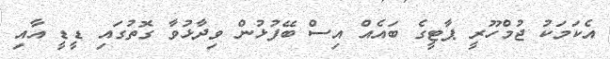
އެކަމަކު ޖުމްހޫރީ ޕާޓީގެ ބައެއް އިސް ބޭފުޅުން ވިދާޅުވާ ގޮތުގައި ޑީޑީ އާއި